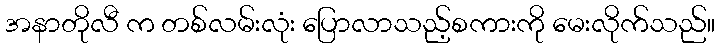
အနာတိုလီ က တစ်လမ်းလုံး ပြောလာသည့်စကားကို မေးလိုက်သည်။